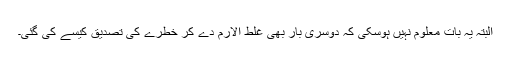
البتہ یہ بات معلوم نہیں ہوسکی کہ دوسری بار بھی غلط الارم دے کر خطرے کی تصدیق کیسے کی گئی۔